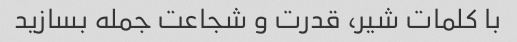
با کلمات شیر، قدرت و شجاعت جمله بسازید